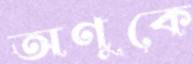
অণুকে